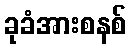
ခုခံအားစနစ်